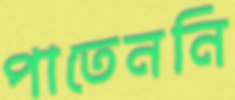
পাতেননি